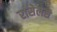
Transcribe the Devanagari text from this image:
रासेलस